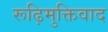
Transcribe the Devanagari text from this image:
रूढ़िमुक्तिवाद